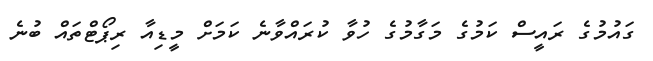
ގައުމުގެ ރައީސް ކަމުގެ މަގާމުގެ ހުވާ ކުރައްވާނެ ކަމަށް މީޑިއާ ރިޕޯޓްތައް ބުނެ